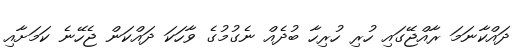
ދައްކާނަމަ ރާއްޖޭގައި ހުރި ހުރިހާ ބުދެއް ނެގުމުގެ ވާހަކަ ދައްކަން ޖެހޭނެ ކަމަށާއި